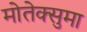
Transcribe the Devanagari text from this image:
मोतेक्सुमा